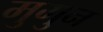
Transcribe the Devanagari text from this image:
मुगुन